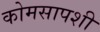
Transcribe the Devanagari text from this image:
कोमसापशी